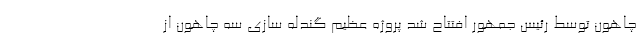
چاهون توسط رئیس جمهور افتتاح شد پروژه عظیم گندله سازی سه چاهون از